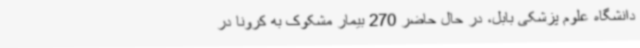
دانشگاه علوم پزشکی بابل، در حال حاضر 270 بیمار مشکوک به کرونا در